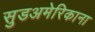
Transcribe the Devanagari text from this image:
सुडअमेरिकाना